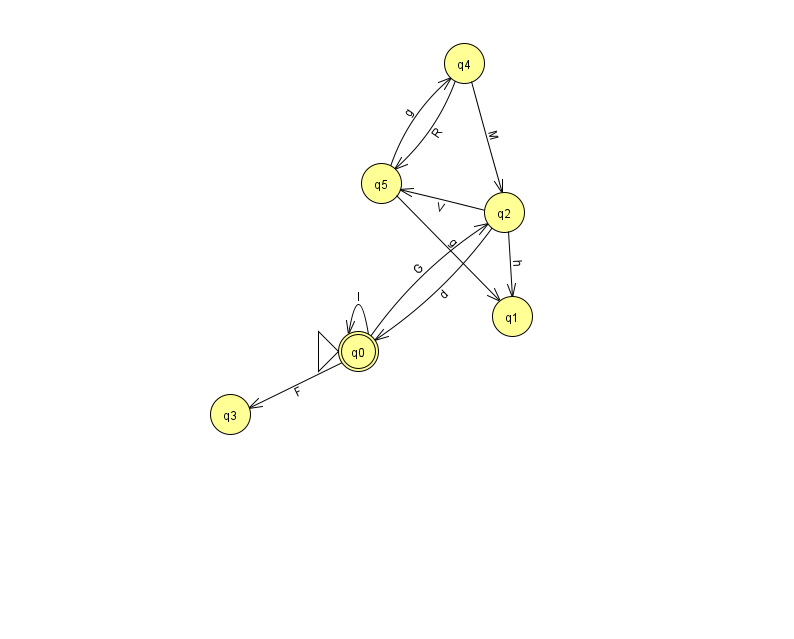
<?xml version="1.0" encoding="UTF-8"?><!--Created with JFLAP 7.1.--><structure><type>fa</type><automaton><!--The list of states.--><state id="0" name="q0"><x>358.0</x><y>338.0</y><initial/><final/></state><state id="1" name="q1"><x>512.0</x><y>303.0</y></state><state id="2" name="q2"><x>504.0</x><y>199.0</y></state><state id="3" name="q3"><x>230.0</x><y>401.0</y></state><state id="4" name="q4"><x>464.0</x><y>50.0</y></state><state id="5" name="q5"><x>381.0</x><y>170.0</y></state><!--The list of transitions.--><transition><from>0</from><to>3</to><read>F</read></transition><transition><from>2</from><to>5</to><read>V</read></transition><transition><from>2</from><to>1</to><read>h</read></transition><transition><from>5</from><to>4</to><read>g</read></transition><transition><from>4</from><to>5</to><read>R</read></transition><transition><from>0</from><to>0</to><read>I</read></transition><transition><from>2</from><to>0</to><read>d</read></transition><transition><from>0</from><to>2</to><read>G</read></transition><transition><from>5</from><to>1</to><read>g</read></transition><transition><from>4</from><to>2</to><read>M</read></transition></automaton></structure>